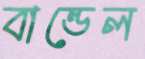
বান্ডেল